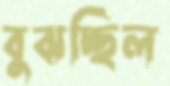
বুঝচ্ছিল